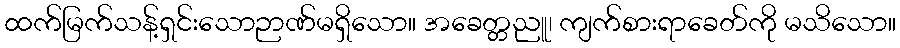
ထက်မြက်သန့်ရှင်းသောဉာဏ်မရှိသော။ အခေတ္တညူ၊ ကျက်စားရာခေတ်ကို မသိသော။